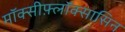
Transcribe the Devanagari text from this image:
मॉक्सीफ़्लॉक्सासिन